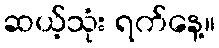
ဆယ့်သုံး ရက်နေ့။